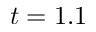
t = 1 . 1